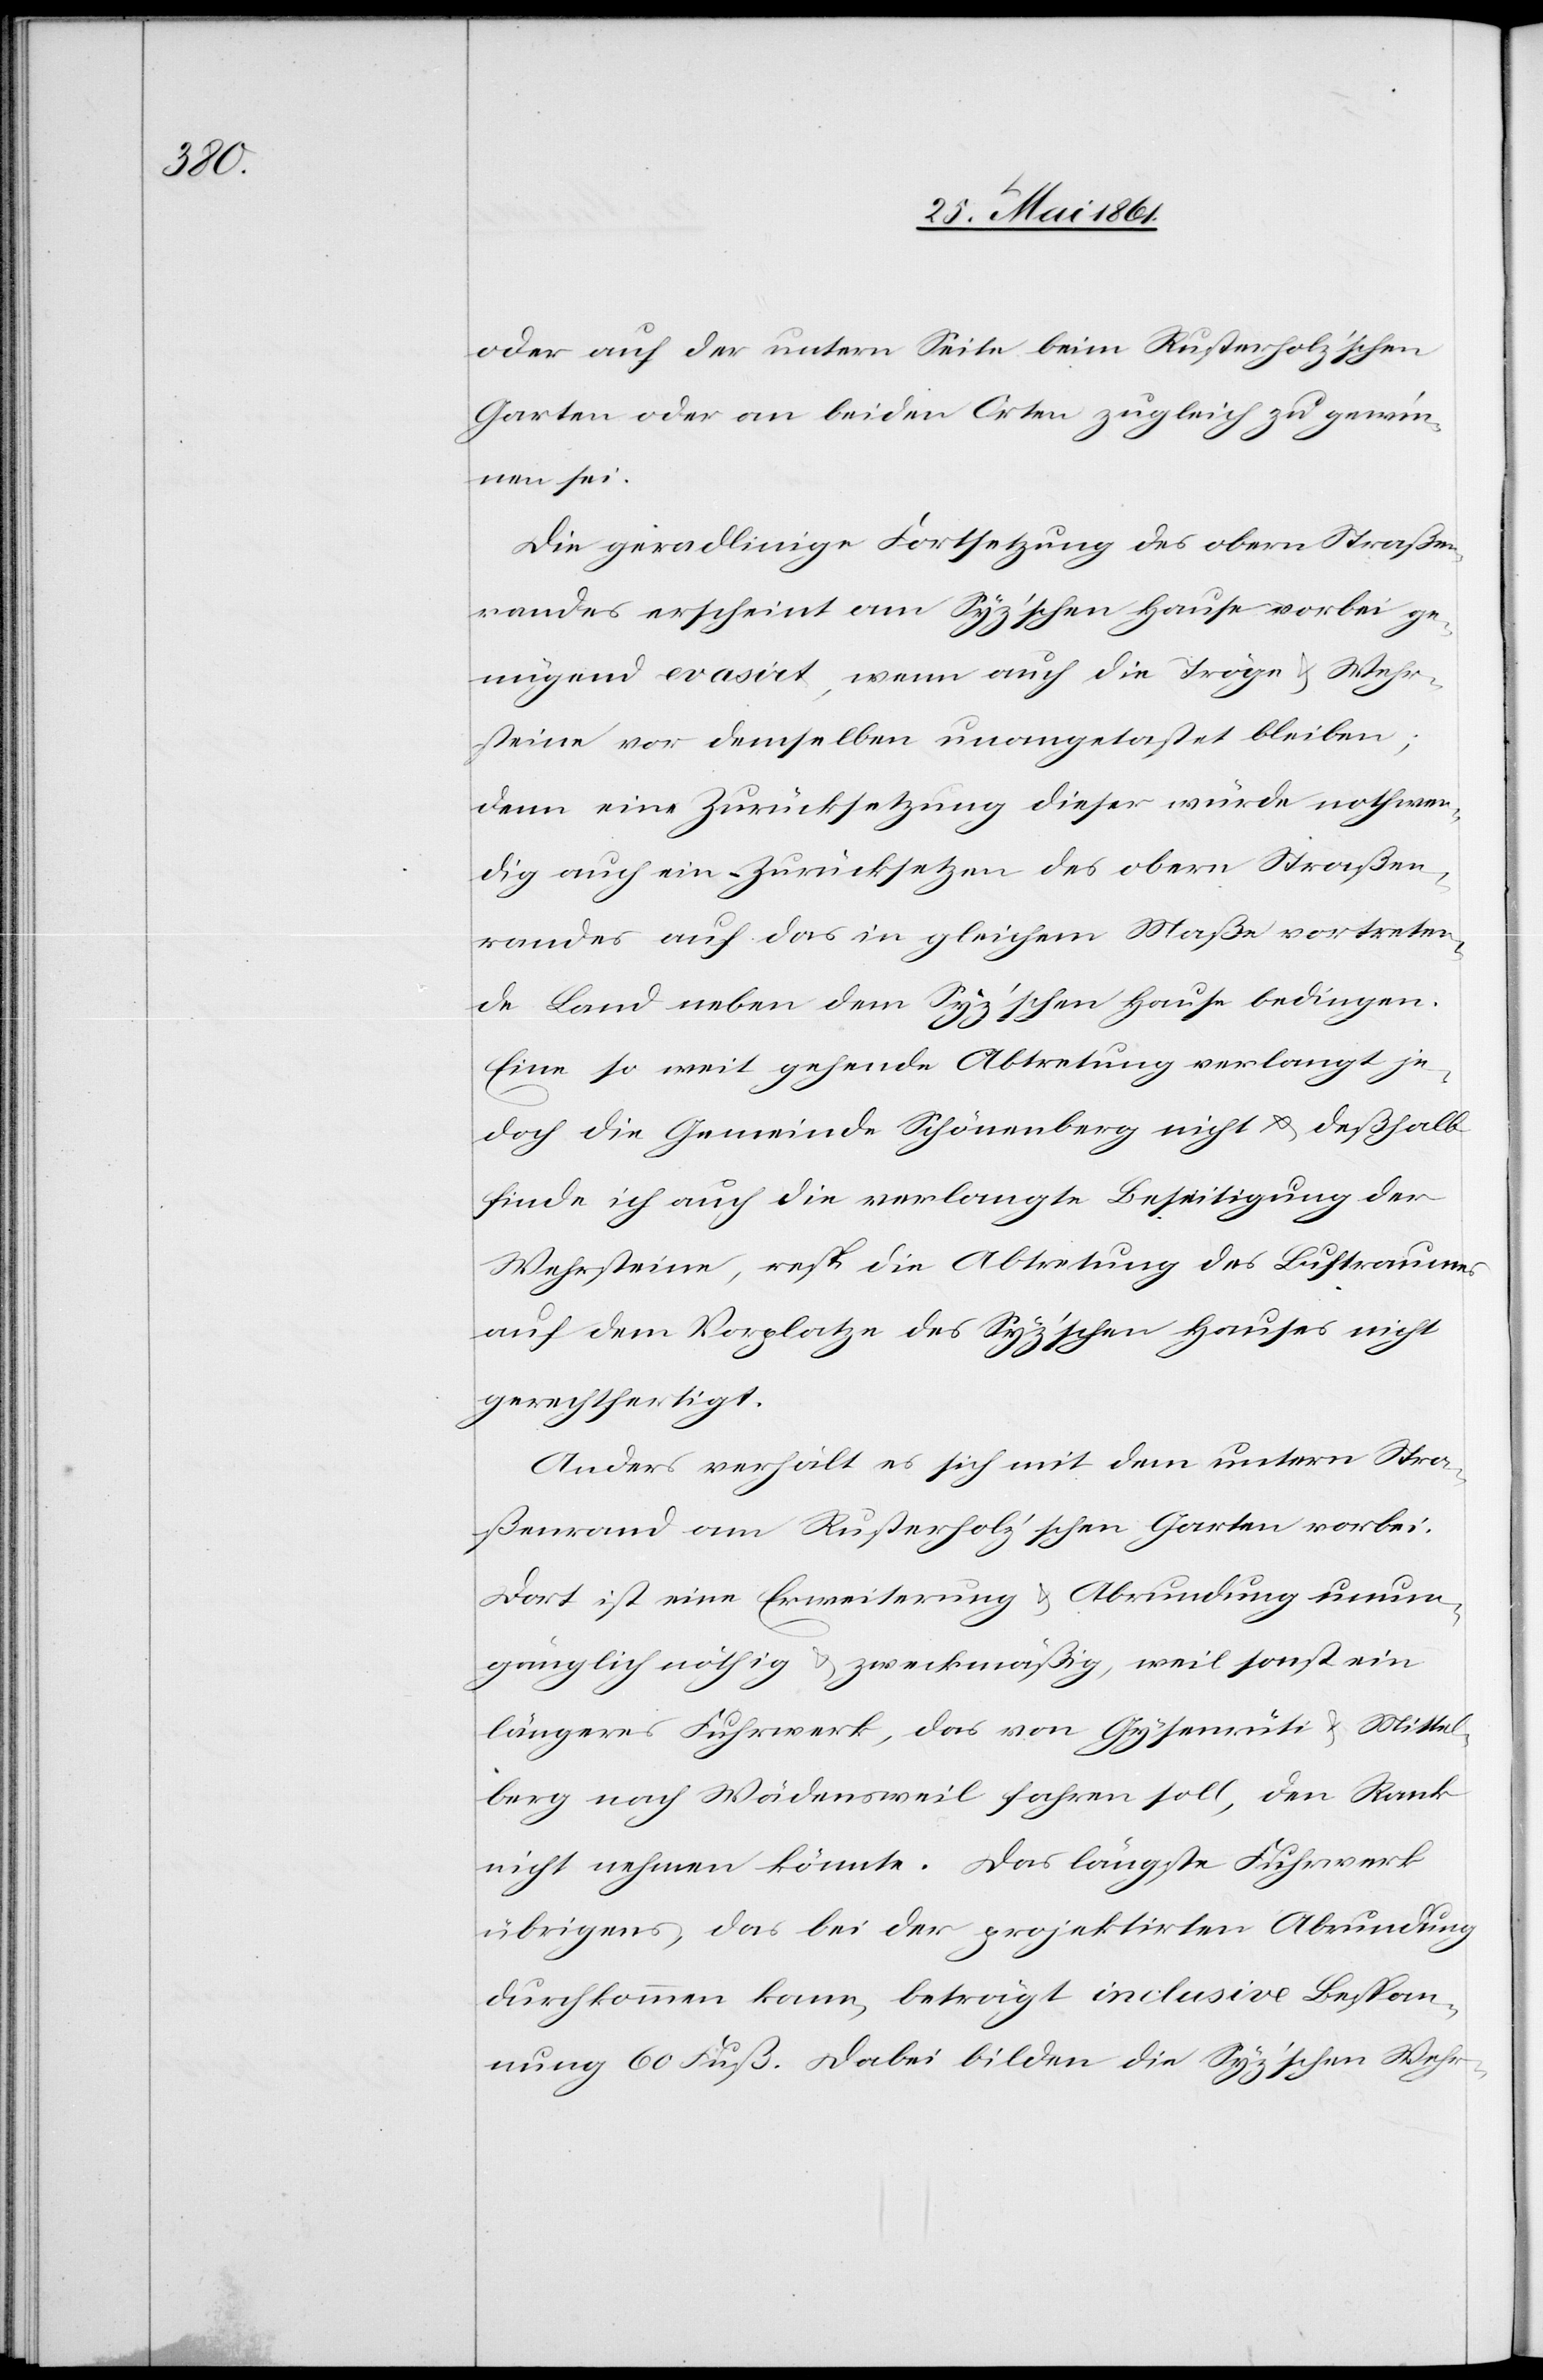
oder auf der untern Seite beim Rusterholz’schen
Garten oder an beiden Orten zugleich zu gewin¬
nen sei.
Die geradlinige Fortsetzung des obern Straßen¬
randes erscheint am Syz’schen Hause vorbei ge¬
nügend evasirt, wenn auch die Tröge und Wehr¬
steine vor demselben unangetastet bleiben;
denn eine Zurücksetzung dieser würde nothwen¬
dig auch ein Zurücksetzen des obern Straßen¬
randes auf das in gleichem Maße vortreten¬
de Land neben dem Syz’schen Hause bedingen.
Eine so weit gehende Abtretung verlangt je¬
doch die Gemeinde Schönenberg nicht u. deßhalb
finde ich auch die verlangte Beseitigung der
Wehrsteine, resp. die Abtretung des Luftraumes
auf dem Vorplatze des Syz’schen Hauses nicht
gerechtfertigt.
Anders verhält es sich mit dem untern Stra¬
ßenrand am Rusterholz’schen Garten vorbei.
Dort ist eine Erweiterung u. Abrundung unum¬
gänglich nöthig u. zweckmäßig, weil sonst ein
längeres Fuhrwerk, das von Gysenrüti u. Mittel¬
berg nach Wädensweil fahren soll, den Rank
nicht nehmen könnte. Das längste Fuhrwerk
übrigens, das bei der projektirten Abrundung
durchkommen kann, beträgt inclusive Bespan¬
nung 60 Fuß. Dabei bilden die Syz’schen Wehr-